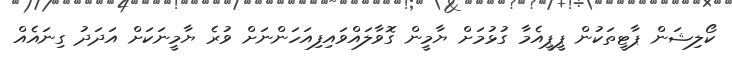
ކޯލިޝަން ޕާޓީތަކުން ޕީޕީއެމާ ގުޅުމަށް ޔާމީން ގޮވާލައްވައިފިއަހަންނަށް ވުރެ ޔާމީނަކަށް އަދަދު ގިނައެއް